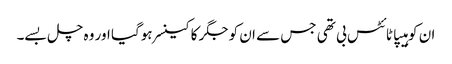
ان کو ہیپاٹائٹس بی تھی جس سے ان کو جگر کا کینسر ہوگیا اور وہ چل بسے۔